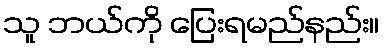
သူ ဘယ်ကို ပြေးရမည်နည်း။